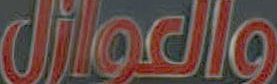
والعوازل